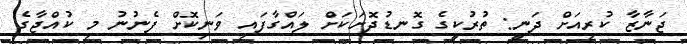
ޖަނާޒާ ކުރިއަށް ދަނީ: ތުުރުކީގެ ގޮނޑުދޮށަކަށް ލައްގާފައި ވަނިކޮށް ފެނުނު މި ކުއްޖާގެ